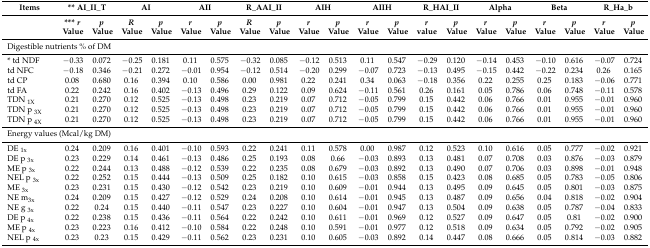
<table><thead><tr><td><b>Items</b></td><td colspan="2"><b>** AI_II_T</b></td><td colspan="2"><b>AI</b></td><td colspan="2"><b>AII</b></td><td colspan="2"><b>R_AAI_II</b></td><td colspan="2"><b>AIH</b></td><td colspan="2"><b>AIIH</b></td><td colspan="2"><b>R_HAI_II</b></td><td colspan="2"><b>Alpha</b></td><td colspan="2"><b>Beta</b></td><td colspan="2"><b>R_Ha_b</b></td></tr><tr><td></td><td><b>*** <i>r</i> Value</b></td><td><b><i>p</i> Value</b></td><td><b><i>R</i> Value</b></td><td><b><i>p</i> Value</b></td><td><b><i>r</i> Value</b></td><td><b><i>p</i> Value</b></td><td><b><i>R</i> Value</b></td><td><b><i>p</i> Value</b></td><td><b><i>r</i> Value</b></td><td><b><i>p</i> Value</b></td><td><b><i>r</i> Value</b></td><td><b><i>p</i> Value</b></td><td><b><i>r</i> value</b></td><td><b><i>p</i> Value</b></td><td><b><i>r</i> Value</b></td><td><b><i>p</i> Value</b></td><td><b><i>r</i> Value</b></td><td><b><i>p</i> Value</b></td><td><b><i>r</i> Value</b></td><td><b><i>p</i> Value</b></td></tr></thead><tbody><tr><td colspan="3">Digestible nutrients % of DM</td><td></td><td></td><td></td><td></td><td></td><td></td><td></td><td></td><td></td><td></td><td></td><td></td><td></td><td></td><td></td><td></td><td></td><td></td></tr><tr><td>* td NDF</td><td>−0.33</td><td>0.072</td><td>−0.25</td><td>0.181</td><td>0.11</td><td>0.575</td><td>−0.32</td><td>0.085</td><td>−0.12</td><td>0.513</td><td>0.11</td><td>0.547</td><td>−0.29</td><td>0.120</td><td>−0.14</td><td>0.453</td><td>−0.10</td><td>0.616</td><td>−0.07</td><td>0.724</td></tr><tr><td>td NFC</td><td>−0.18</td><td>0.346</td><td>−0.21</td><td>0.272</td><td>−0.01</td><td>0.954</td><td>−0.12</td><td>0.514</td><td>−0.20</td><td>0.299</td><td>−0.07</td><td>0.723</td><td>−0.13</td><td>0.495</td><td>−0.15</td><td>0.442</td><td>−0.22</td><td>0.234</td><td>0.26</td><td>0.165</td></tr><tr><td>td CP</td><td>0.08</td><td>0.680</td><td>0.16</td><td>0.394</td><td>0.10</td><td>0.586</td><td>0.00</td><td>0.981</td><td>0.22</td><td>0.241</td><td>0.34</td><td>0.063</td><td>−0.18</td><td>0.356</td><td>0.22</td><td>0.255</td><td>0.25</td><td>0.183</td><td>−0.06</td><td>0.771</td></tr><tr><td>td FA</td><td>0.22</td><td>0.242</td><td>0.16</td><td>0.402</td><td>−0.13</td><td>0.496</td><td>0.29</td><td>0.122</td><td>0.09</td><td>0.624</td><td>−0.11</td><td>0.561</td><td>0.26</td><td>0.161</td><td>0.05</td><td>0.786</td><td>0.06</td><td>0.748</td><td>−0.11</td><td>0.578</td></tr><tr><td>TDN <sub>1X</sub></td><td>0.21</td><td>0.270</td><td>0.12</td><td>0.525</td><td>−0.13</td><td>0.498</td><td>0.23</td><td>0.219</td><td>0.07</td><td>0.712</td><td>−0.05</td><td>0.799</td><td>0.15</td><td>0.442</td><td>0.06</td><td>0.766</td><td>0.01</td><td>0.955</td><td>−0.01</td><td>0.960</td></tr><tr><td>TDN p <sub>3X</sub></td><td>0.21</td><td>0.270</td><td>0.12</td><td>0.525</td><td>−0.13</td><td>0.498</td><td>0.23</td><td>0.219</td><td>0.07</td><td>0.712</td><td>−0.05</td><td>0.799</td><td>0.15</td><td>0.442</td><td>0.06</td><td>0.766</td><td>0.01</td><td>0.955</td><td>−0.01</td><td>0.960</td></tr><tr><td>TDN p <sub>4X</sub></td><td>0.21</td><td>0.270</td><td>0.12</td><td>0.525</td><td>−0.13</td><td>0.498</td><td>0.23</td><td>0.219</td><td>0.07</td><td>0.712</td><td>−0.05</td><td>0.799</td><td>0.15</td><td>0.442</td><td>0.06</td><td>0.766</td><td>0.01</td><td>0.955</td><td>−0.01</td><td>0.960</td></tr><tr><td colspan="3">Energy values (Mcal/kg DM)</td><td></td><td></td><td></td><td></td><td></td><td></td><td></td><td></td><td></td><td></td><td></td><td></td><td></td><td></td><td></td><td></td><td></td><td></td></tr><tr><td>DE <sub>1x</sub></td><td>0.24</td><td>0.209</td><td>0.16</td><td>0.401</td><td>−0.10</td><td>0.593</td><td>0.22</td><td>0.241</td><td>0.11</td><td>0.578</td><td>0.00</td><td>0.987</td><td>0.12</td><td>0.523</td><td>0.10</td><td>0.616</td><td>0.05</td><td>0.777</td><td>−0.02</td><td>0.921</td></tr><tr><td>DE p <sub>3x</sub></td><td>0.23</td><td>0.229</td><td>0.14</td><td>0.461</td><td>−0.13</td><td>0.486</td><td>0.25</td><td>0.193</td><td>0.08</td><td>0.66</td><td>−0.03</td><td>0.893</td><td>0.13</td><td>0.481</td><td>0.07</td><td>0.708</td><td>0.03</td><td>0.876</td><td>−0.03</td><td>0.879</td></tr><tr><td>ME p <sub>3x</sub></td><td>0.22</td><td>0.244</td><td>0.13</td><td>0.488</td><td>−0.12</td><td>0.539</td><td>0.22</td><td>0.235</td><td>0.08</td><td>0.679</td><td>−0.03</td><td>0.892</td><td>0.13</td><td>0.490</td><td>0.07</td><td>0.706</td><td>0.03</td><td>0.898</td><td>−0.01</td><td>0.948</td></tr><tr><td>NEL p <sub>3x</sub></td><td>0.22</td><td>0.252</td><td>0.15</td><td>0.444</td><td>−0.13</td><td>0.509</td><td>0.25</td><td>0.182</td><td>0.10</td><td>0.615</td><td>−0.03</td><td>0.858</td><td>0.15</td><td>0.423</td><td>0.08</td><td>0.685</td><td>0.05</td><td>0.783</td><td>−0.05</td><td>0.806</td></tr><tr><td>ME <sub>3x</sub></td><td>0.23</td><td>0.231</td><td>0.15</td><td>0.430</td><td>−0.12</td><td>0.542</td><td>0.23</td><td>0.219</td><td>0.10</td><td>0.609</td><td>−0.01</td><td>0.944</td><td>0.13</td><td>0.495</td><td>0.09</td><td>0.645</td><td>0.05</td><td>0.801</td><td>−0.03</td><td>0.875</td></tr><tr><td>NE m<sub>3x</sub></td><td>0.24</td><td>0.209</td><td>0.15</td><td>0.427</td><td>−0.12</td><td>0.529</td><td>0.24</td><td>0.208</td><td>0.10</td><td>0.614</td><td>−0.01</td><td>0.945</td><td>0.13</td><td>0.487</td><td>0.09</td><td>0.656</td><td>0.04</td><td>0.818</td><td>−0.02</td><td>0.904</td></tr><tr><td>NE g <sub>3x</sub></td><td>0.22</td><td>0.24</td><td>0.15</td><td>0.440</td><td>−0.11</td><td>0.547</td><td>0.23</td><td>0.227</td><td>0.10</td><td>0.604</td><td>−0.01</td><td>0.947</td><td>0.13</td><td>0.504</td><td>0.09</td><td>0.638</td><td>0.05</td><td>0.787</td><td>−0.04</td><td>0.833</td></tr><tr><td>DE p <sub>4x</sub></td><td>0.22</td><td>0.238</td><td>0.15</td><td>0.436</td><td>−0.11</td><td>0.564</td><td>0.22</td><td>0.242</td><td>0.10</td><td>0.611</td><td>−0.01</td><td>0.969</td><td>0.12</td><td>0.527</td><td>0.09</td><td>0.647</td><td>0.05</td><td>0.81</td><td>−0.02</td><td>0.900</td></tr><tr><td>ME p <sub>4x</sub></td><td>0.23</td><td>0.223</td><td>0.16</td><td>0.412</td><td>−0.10</td><td>0.584</td><td>0.22</td><td>0.248</td><td>0.10</td><td>0.591</td><td>−0.01</td><td>0.977</td><td>0.12</td><td>0.518</td><td>0.09</td><td>0.634</td><td>0.05</td><td>0.792</td><td>−0.02</td><td>0.905</td></tr><tr><td>NEL p <sub>4x</sub></td><td>0.23</td><td>0.23</td><td>0.15</td><td>0.429</td><td>−0.11</td><td>0.562</td><td>0.23</td><td>0.231</td><td>0.10</td><td>0.605</td><td>−0.03</td><td>0.892</td><td>0.14</td><td>0.447</td><td>0.08</td><td>0.666</td><td>0.05</td><td>0.814</td><td>−0.03</td><td>0.882</td></tr></tbody></table>